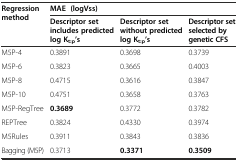
<table><thead><tr><td rowspan="2"><b>Regression method</b></td><td colspan="3"><b>MAE (logVss)</b></td></tr><tr><td><b>Descriptor set includes predicted log K<sub>t:p</sub>’s</b></td><td><b>Descriptor set without predicted log K<sub>t:p</sub>’s</b></td><td><b>Descriptor set selected by genetic CFS</b></td></tr></thead><tbody><tr><td>M5P-4</td><td>0.3891</td><td>0.3698</td><td>0.3739</td></tr><tr><td>M5P-6</td><td>0.3823</td><td>0.3665</td><td>0.4003</td></tr><tr><td>M5P-8</td><td>0.4715</td><td>0.3616</td><td>0.3847</td></tr><tr><td>M5P-10</td><td>0.4751</td><td>0.3658</td><td>0.3763</td></tr><tr><td>M5P-RegTree</td><td><b>0.3689</b></td><td>0.3772</td><td>0.3782</td></tr><tr><td>REPTree</td><td>0.3824</td><td>0.4330</td><td>0.3974</td></tr><tr><td>M5Rules</td><td>0.3911</td><td>0.3843</td><td>0.3836</td></tr><tr><td>Bagging (M5P)</td><td>0.3713</td><td><b>0.3371</b></td><td><b>0.3509</b></td></tr></tbody></table>